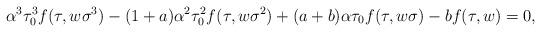
LaTeX: \begin{align*}\alpha^3\tau_0^3 f(\tau, w \sigma^3) - (1 + a) \alpha^2 \tau^2_0 f(\tau, w \sigma^2) + (a + b) \alpha \tau_0 f(\tau, w \sigma) - b f(\tau, w) = 0,\end{align*}